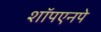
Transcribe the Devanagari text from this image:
शॉपएनपे